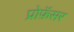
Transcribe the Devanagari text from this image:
प्रोफ़ॅसर